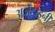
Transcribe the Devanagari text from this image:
अर्जेंटाइनी